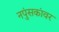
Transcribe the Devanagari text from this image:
नपुंसकांवर